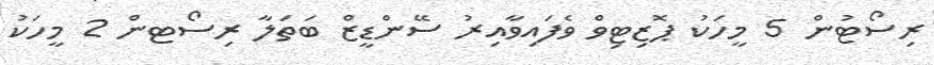
ރިސޯޓުން 5 މީހަކު ޕޮޒިޓިވް ވެފައިވާއިރު ސޭންޑީޒް ބަތަލާ ރިސޯޓން 2 މީހަކު